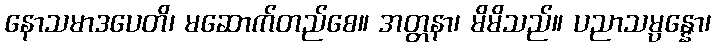
နောသမာဒပေတိ၊ မဆောက်တည်စေ။ အတ္တနာ၊ မိမိသည်။ ပညာသမ္ပန္နော၊